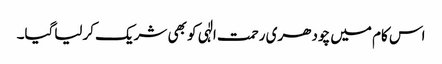
اس کام میں چودھری رحمت الٰہی کو بھی شریک کرلیاگیا۔